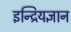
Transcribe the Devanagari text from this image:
इन्द्रियज्ञान